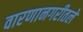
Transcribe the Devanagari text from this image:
वारणानगरीतले